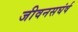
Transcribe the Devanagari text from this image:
जीवनसघंर्ष